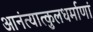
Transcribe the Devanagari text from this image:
आनंत्यात्कुलधर्माणां